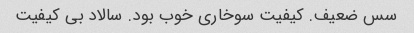
سس ضعیف. کیفیت سوخاری خوب بود. سالاد بی کیفیت